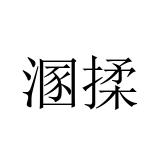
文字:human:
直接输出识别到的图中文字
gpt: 溷揉